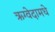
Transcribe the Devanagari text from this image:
ऋग्वेदामधे